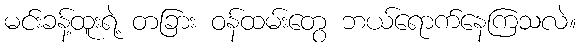
မင်းခန့်ထူးရဲ့ တခြား ဝန်ထမ်းတွေ ဘယ်ရောက်နေကြသလဲ။